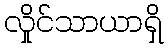
လှိုင်သာယာရှိ